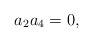
LaTeX: \begin{align*}a_2a_4=0,\end{align*}